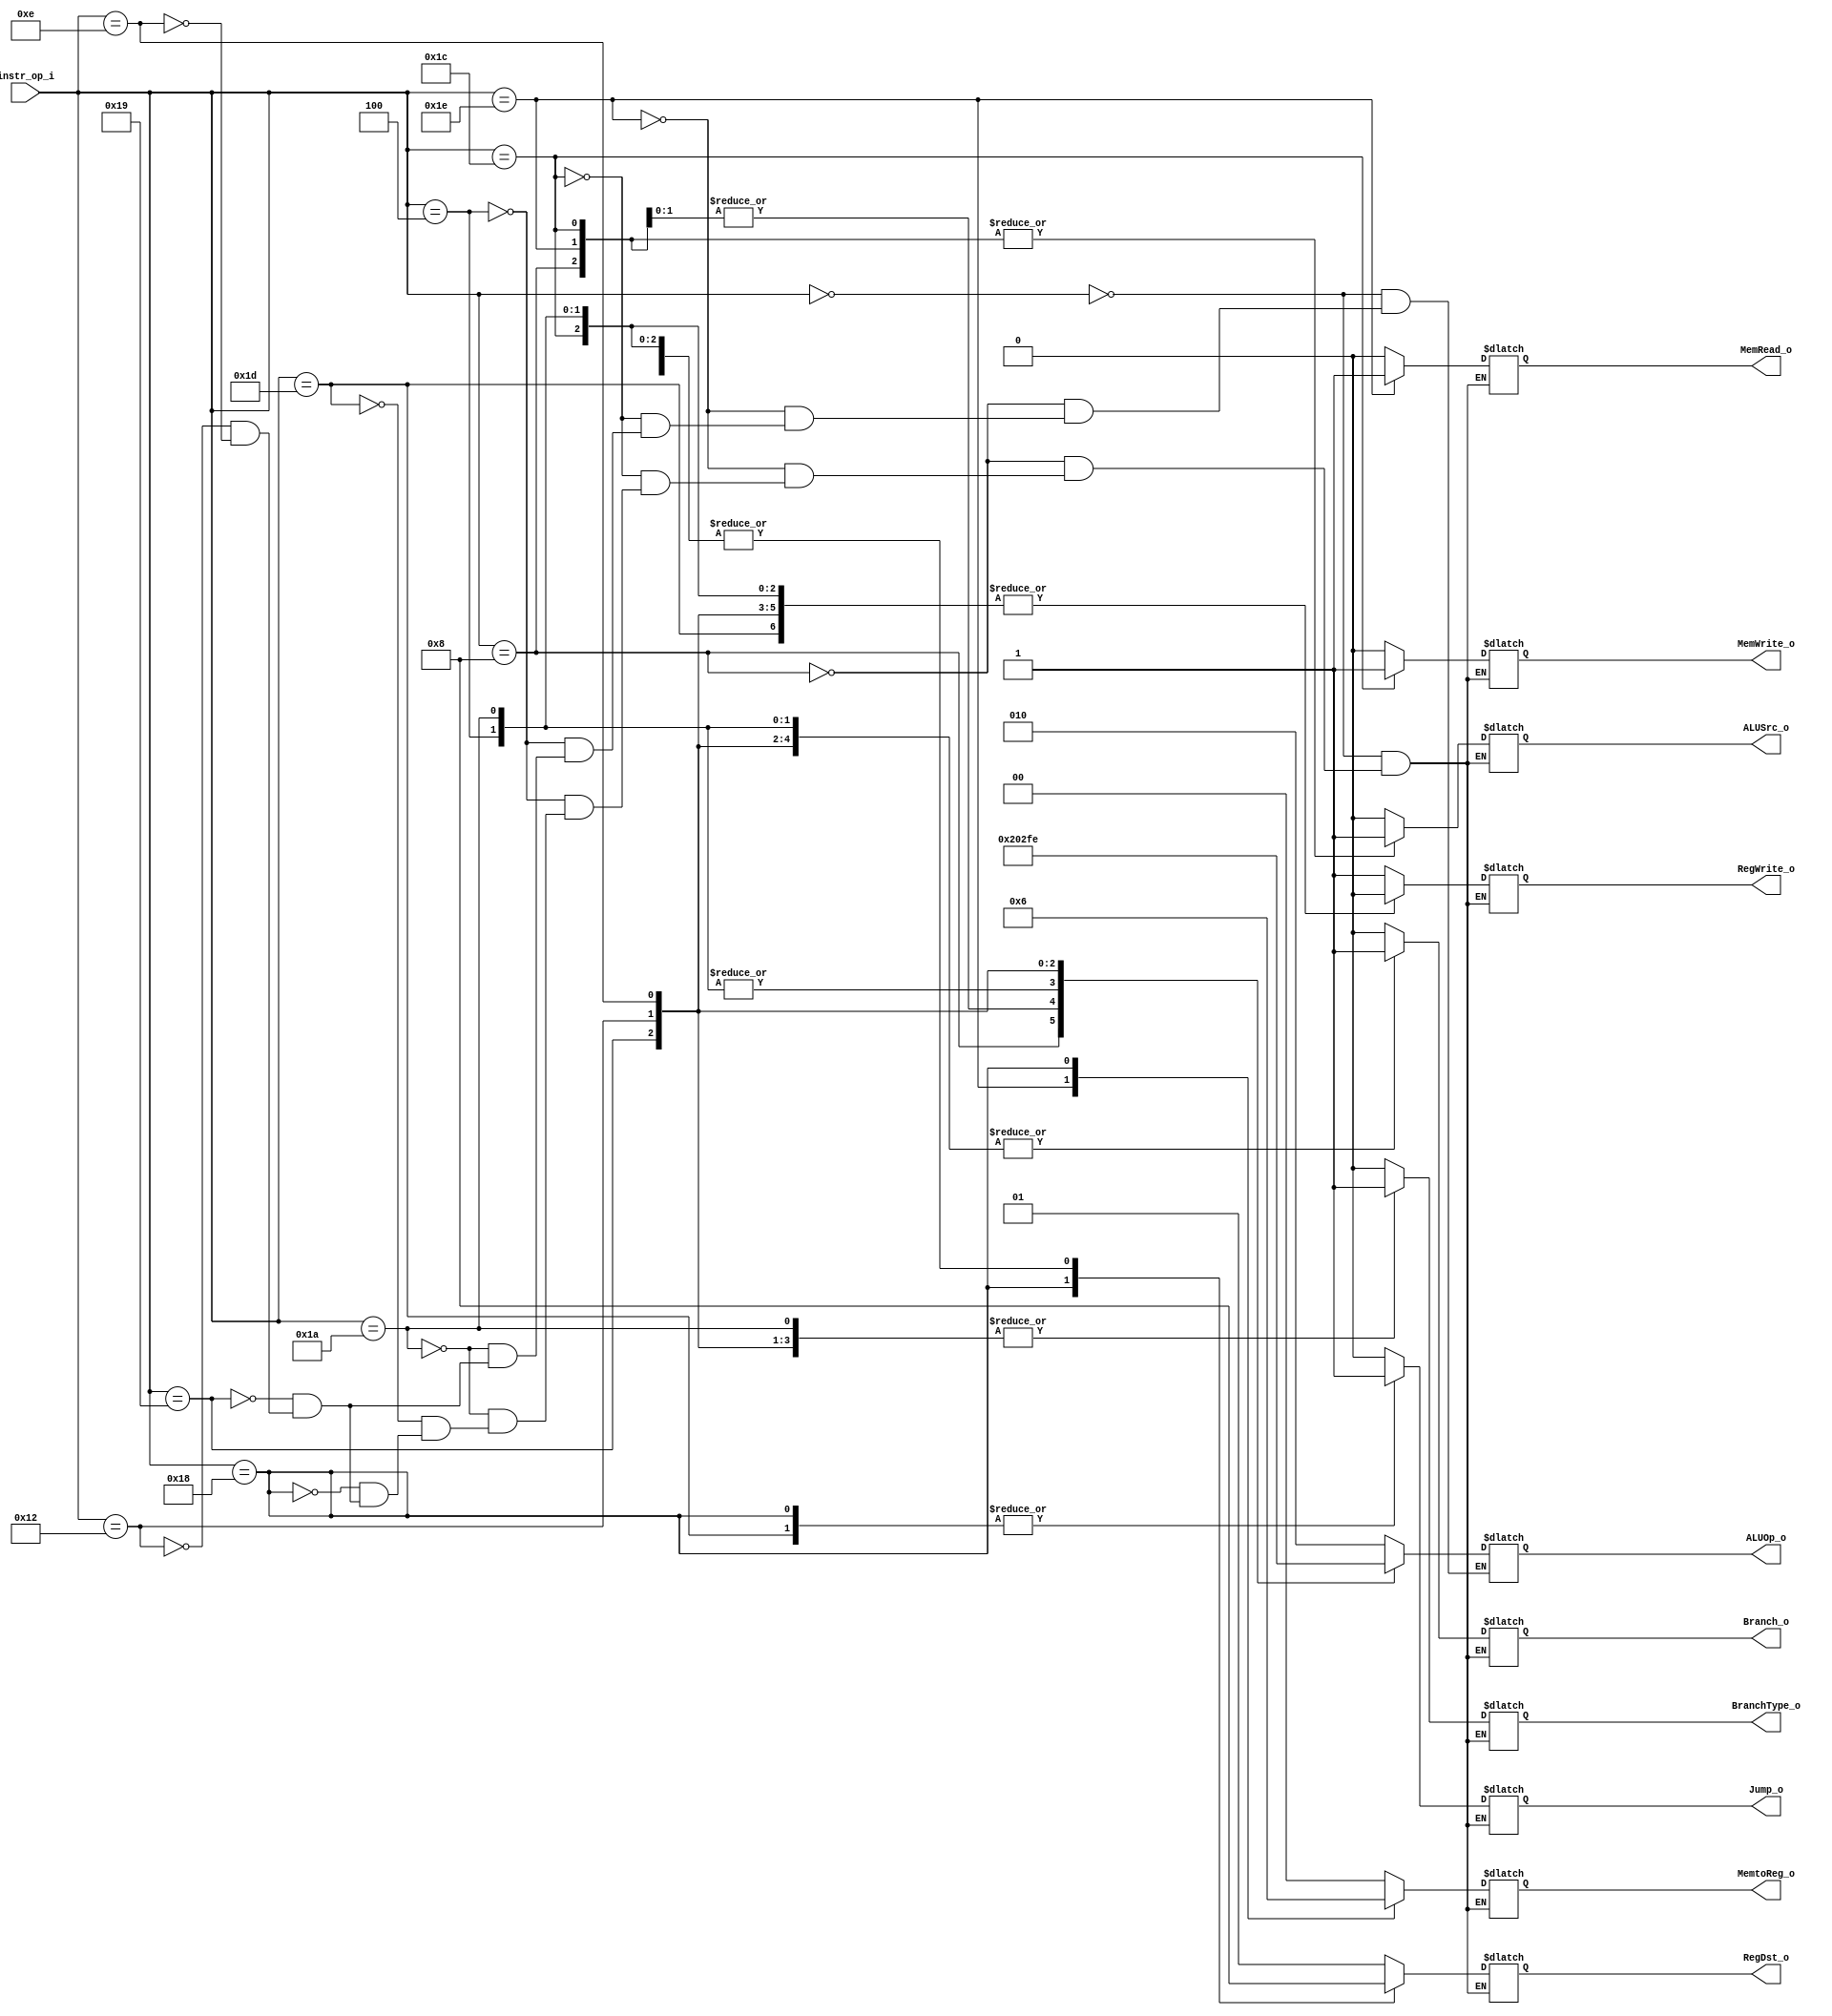
module Decoder( instr_op_i, RegWrite_o,	ALUOp_o, ALUSrc_o, RegDst_o, Branch_o, Jump_o, MemRead_o , MemWrite_o , MemtoReg_o, BranchType_o);
     
//I/O ports
input	[6-1:0] instr_op_i;
output			RegWrite_o;
output	[3-1:0] ALUOp_o;
output			ALUSrc_o;
output	[2-1:0]	RegDst_o;
output			Branch_o;
output			Jump_o;
output			MemRead_o;
output			MemWrite_o;
output	[2-1:0]	MemtoReg_o;
output			BranchType_o;
 
//Internal Signals
wire	[3-1:0] ALUOp_o;
wire			ALUSrc_o;
wire			RegWrite_o;
wire	[2-1:0]	RegDst_o;
wire			Branch_o;
wire			Jump_o;
wire			MemRead_o;
wire			MemWrite_o;
wire	[2-1:0] MemtoReg_o;
wire			BranchType_o;
 
//Main function
/*your code here*/
reg	[3-1:0] aluOp_o;
reg	aluSrc_o;
reg	regWrite_o;
reg	[2-1:0] regDst_o;
reg			branch_o;
reg			jump_o;
reg			memRead_o;
reg			memWrite_o;
reg	[2-1:0] memtoReg_o;
reg 		branchType_o;

always @(*) begin
	case (instr_op_i)
		6'b000000: begin // add,sub,and,or,nor,slt,sll,srl,jr
			aluOp_o = 3'b010;
			aluSrc_o = 0;
			regWrite_o = 1;
			regDst_o = 2'b01;
			branch_o = 0;
			jump_o = 0;
			memRead_o = 0;
			memWrite_o = 0;
			memtoReg_o = 2'b00;
			branchType_o = 0;
		end
		6'b001000: begin // addi
			aluOp_o = 3'b100;
			aluSrc_o = 1;
			regWrite_o = 1;
			regDst_o = 2'b00;
			memtoReg_o = 2'b00;
			branch_o = 0;
			jump_o = 0;
			memWrite_o = 0;
			memRead_o = 0;
			branchType_o = 0;
		end
		6'b011110: begin // lw
			aluOp_o = 3'b000;
			aluSrc_o = 1;
			regWrite_o = 1;
			regDst_o = 2'b00;
			memWrite_o = 0;
			memRead_o = 1;
			memtoReg_o = 2'b01;
			branch_o = 0;
			jump_o = 0;
			branchType_o = 0;
		end
		6'b011100: begin // sw
			aluOp_o = 3'b000;
			aluSrc_o = 1;
			regWrite_o = 0;
			memWrite_o = 1;
			memRead_o = 0;
			branch_o = 0;
			jump_o = 0;
			branchType_o = 0;
			regDst_o = 2'b00;
			memtoReg_o = 2'b00;
		end
		6'b000100: begin // beq
			aluOp_o = 3'b001;
			aluSrc_o = 0;
			regWrite_o = 0;
			memRead_o = 0;
			memWrite_o = 0;
			memtoReg_o = 2'b00;
			branch_o = 1;
			branchType_o = 0;
			jump_o = 0;
			regDst_o = 2'b00;
		end
		6'b011010: begin // bne
			aluOp_o = 3'b001; // 110
			aluSrc_o = 0;
			regWrite_o = 0;
			memRead_o = 0;
			memWrite_o = 0;
			memtoReg_o = 2'b00;
			branch_o = 1;
			branchType_o = 1;
			jump_o = 0;
			regDst_o = 2'b00;
		end
		6'b011101: begin // jump
			jump_o = 1;
			aluSrc_o = 0;
			regWrite_o = 0;
			memRead_o = 0;
			memWrite_o = 0;
			memtoReg_o = 2'b00;
			branch_o = 0;
			branchType_o = 0;
			regDst_o = 2'b00;
		end
		6'b011000: begin // jal
			jump_o = 1;
			aluSrc_o = 0;
			regWrite_o = 1;
			memRead_o = 0;
			memWrite_o = 0;
			memtoReg_o = 2'b10;
			branch_o = 0;
			branchType_o = 0;
			regDst_o = 2'b10;
		end
		6'b011001: begin // blt
			aluOp_o = 3'b011;
			aluSrc_o = 0;
			regWrite_o = 0;
			memRead_o = 0;
			memWrite_o = 0;
			memtoReg_o = 2'b00;
			branch_o = 1;
			branchType_o = 1;
			jump_o = 0;
			regDst_o = 2'b00;
		end
		6'b010010: begin // bnez
			aluOp_o = 3'b111;
			aluSrc_o = 0;
			regWrite_o = 0;
			memRead_o = 0;
			memWrite_o = 0;
			memtoReg_o = 2'b00;
			branch_o = 1;
			branchType_o = 1;
			jump_o = 0;
			regDst_o = 2'b00;
		end
		6'b001110: begin // bgez
			aluOp_o = 3'b110;
			aluSrc_o = 0;
			regWrite_o = 0;
			memRead_o = 0;
			memWrite_o = 0;
			memtoReg_o = 2'b00;
			branch_o = 1;
			branchType_o = 1;
			jump_o = 0;
			regDst_o = 2'b00;
		end
	endcase
end

assign ALUOp_o = aluOp_o;
assign ALUSrc_o = aluSrc_o;
assign RegWrite_o = regWrite_o;
assign RegDst_o = regDst_o;
assign Branch_o = branch_o;
assign Jump_o = jump_o;
assign MemRead_o = memRead_o;
assign MemWrite_o = memWrite_o;
assign MemtoReg_o = memtoReg_o;
assign BranchType_o = branchType_o;
endmodule